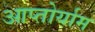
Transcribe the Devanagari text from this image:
आप्‍तोर्याम